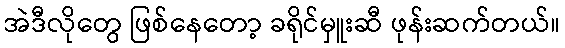
အဲဒီလိုတွေ ဖြစ်နေတော့ ခရိုင်မှူးဆီ ဖုန်းဆက်တယ်။